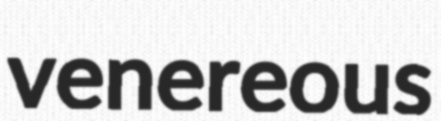
venereous